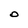
Character: O